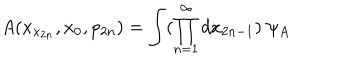
A ( x _ { x _ { 2 n } } , x _ { 0 } , p _ { 2 n } ) = \int ( \prod _ { n = 1 } ^ { \infty } d x _ { 2 n - 1 } ) \ \psi _ { A }